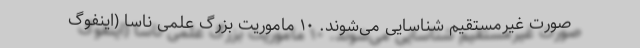
صورت غیرمستقیم شناسایی می‌شوند. ۱۰ ماموریت بزرگ علمی ناسا (اینفوگ